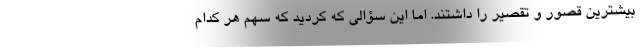
بیشترین قصور و تقصیر را داشتند. اما این سؤالی که کردید که سهم هر کدام